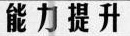
能力提升